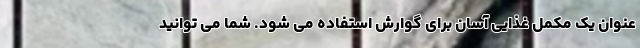
عنوان یک مکمل غذایی آسان برای گوارش استفاده می شود. شما می توانید